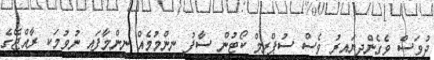
ދުވަސް ވެގެންދިޔައިރު ވެސް ސުޕްރީމް ކޯޓުން ސާފު ނިންމުމެއް ނިންމާފައި ނުވުމަކީ ރާއްޖޭގެ